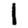
Digit: 1